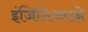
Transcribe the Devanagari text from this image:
इंजिनिअराने